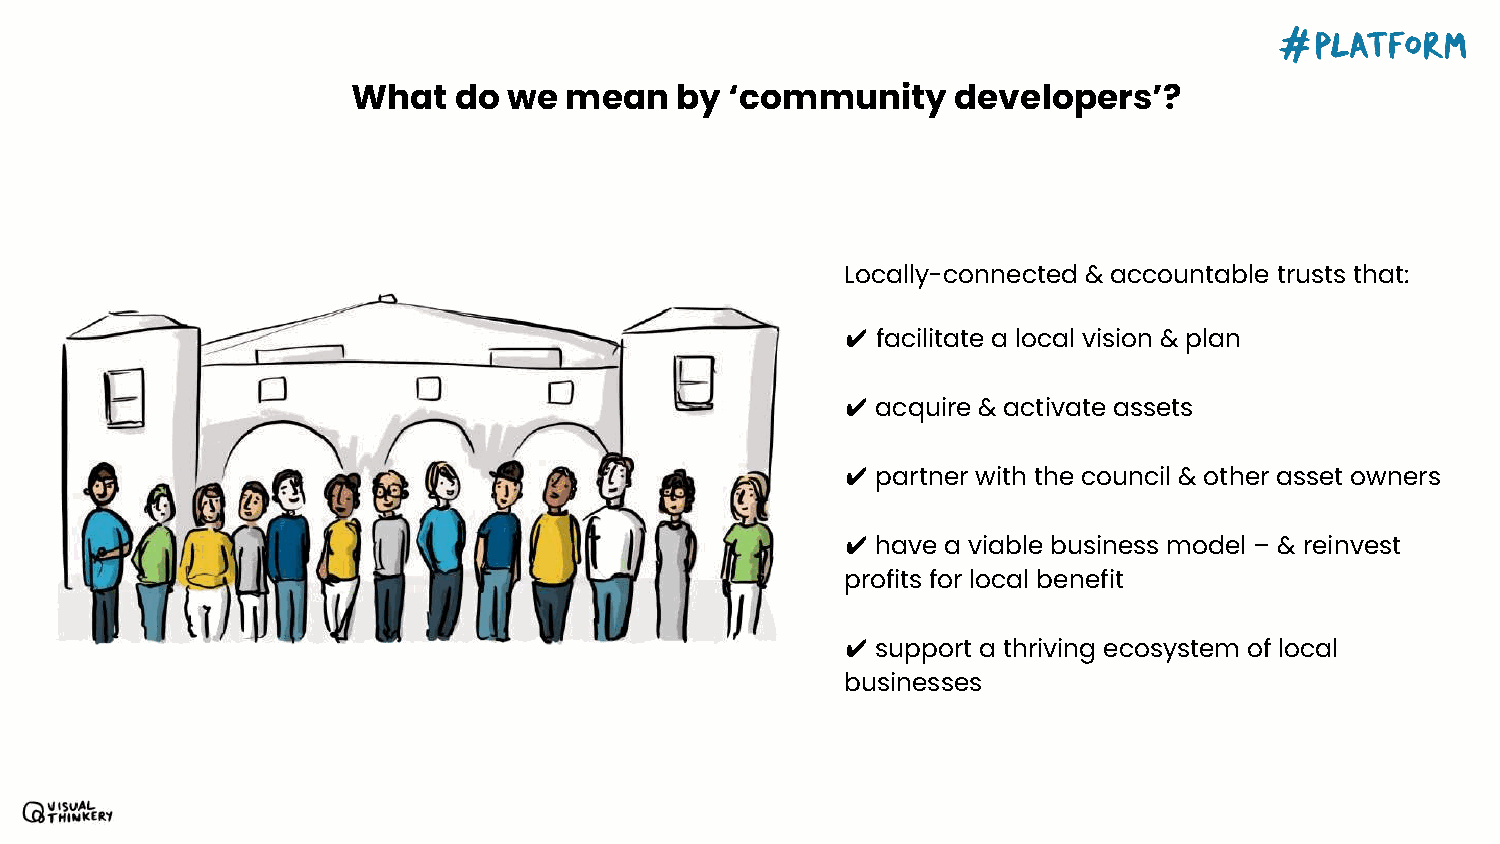
What   do  we mean    by ‘community     developers’?
 Locally-connected & accountable trusts that:
 ✔ facilitate a local vision & plan
 ✔ acquire & activate assets
 ✔ partner with the council & other asset owners
 ✔ have a viable business model – & reinvest
 profits for local benefit
 ✔ support a thriving ecosystem of local
 businesses